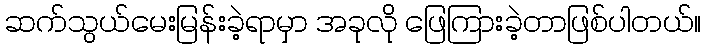
ဆက်သွယ်မေးမြန်းခဲ့ရာမှာ အခုလို ဖြေကြားခဲ့တာဖြစ်ပါတယ်။